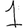
Digit: 1